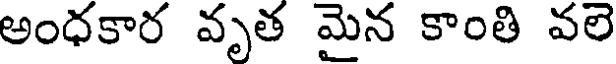
అంధకార వృత మైన కాంతి వలె